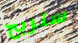
سنربح